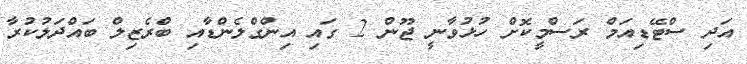
އަދި ސްޓޭޑިއަމް ރަސްމީކޮށް ހުޅުވާނީ ޖޫން 2 ގައި އިންގްލެންޑާއި ބްރެޒިލް ބައްދަލުކުރާ